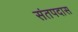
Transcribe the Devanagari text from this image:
संतपदास